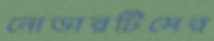
নোভারটিসের